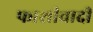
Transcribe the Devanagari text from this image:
फाशीवादी